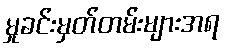
မှုခင်းမှတ်တမ်းများအရ